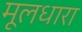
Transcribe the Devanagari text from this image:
मूलधारा